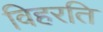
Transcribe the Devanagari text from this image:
विहरति